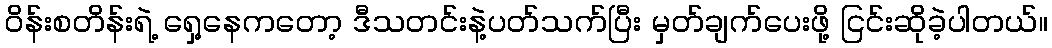
ဝိန်းစတိန်းရဲ့ ရှေ့နေကတော့ ဒီသတင်းနဲ့ပတ်သက်ပြီး မှတ်ချက်ပေးဖို့ ငြင်းဆိုခဲ့ပါတယ်။